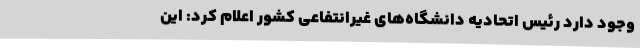
وجود دارد رئیس اتحادیه دانشگاه‌های غیرانتفاعی کشور اعلام کرد: این